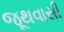
જૂથવાસી